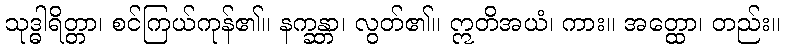
သုဒ္ဓါရိတ္တာ၊ စင်ကြယ်ကုန်၏။ နက္ခန္တာ၊ လွတ်၏။ ဣတိအယံ၊ ကား။ အတ္ထော၊ တည်း။